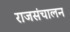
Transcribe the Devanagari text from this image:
राजसंचालन